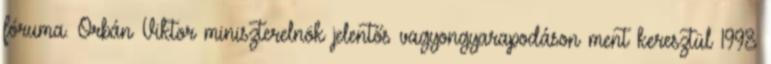
fóruma. Orbán Viktor miniszterelnök jelentős vagyongyarapodáson ment keresztül 1998